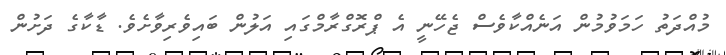
މުއްދަތު ހަމަވުމުން އަނެއްކާވެސް ޖެހޭނީ އެ ޕްރޮގްރާމްގައި އަލުން ބައިވެރިވާށެވެ. ޑާކާގެ ދަށުން